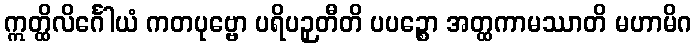
ဣတ္ထိလိင်္ဂေါယံ ကတပုဗ္ဗော ပရိပဉှတီတိ ပပဉ္စော အတ္ထကာမဿာတိ မဟာမိဂ